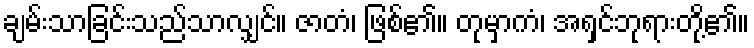
ချမ်းသာခြင်းသည်သာလျှင်။ ဇာတံ၊ ဖြစ်၏။ တုမှာကံ၊ အရှင်ဘုရားတို့၏။